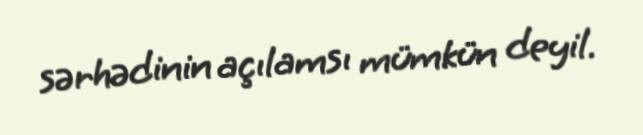
sərhədinin açılamsı mümkün deyil.